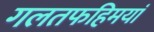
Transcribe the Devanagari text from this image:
गलतफहिमयां